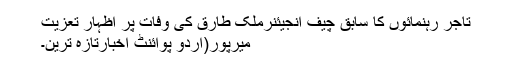
تاجر رہنمائوں کا سابق چیف انجیئنرملک طارق کی وفات پر اظہار تعزیت
میرپور(اُردو پوائنٹ اخبارتازہ ترین۔